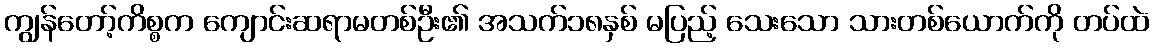
ကျွန်တော့်ကိစ္စက ကျောင်းဆရာမတစ်ဦး၏ အသက်၁၈နှစ် မပြည့် သေးသော သားတစ်ယောက်ကို တပ်ထဲ